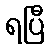
ရပြီ